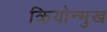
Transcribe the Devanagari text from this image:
क्रियोन्मुख